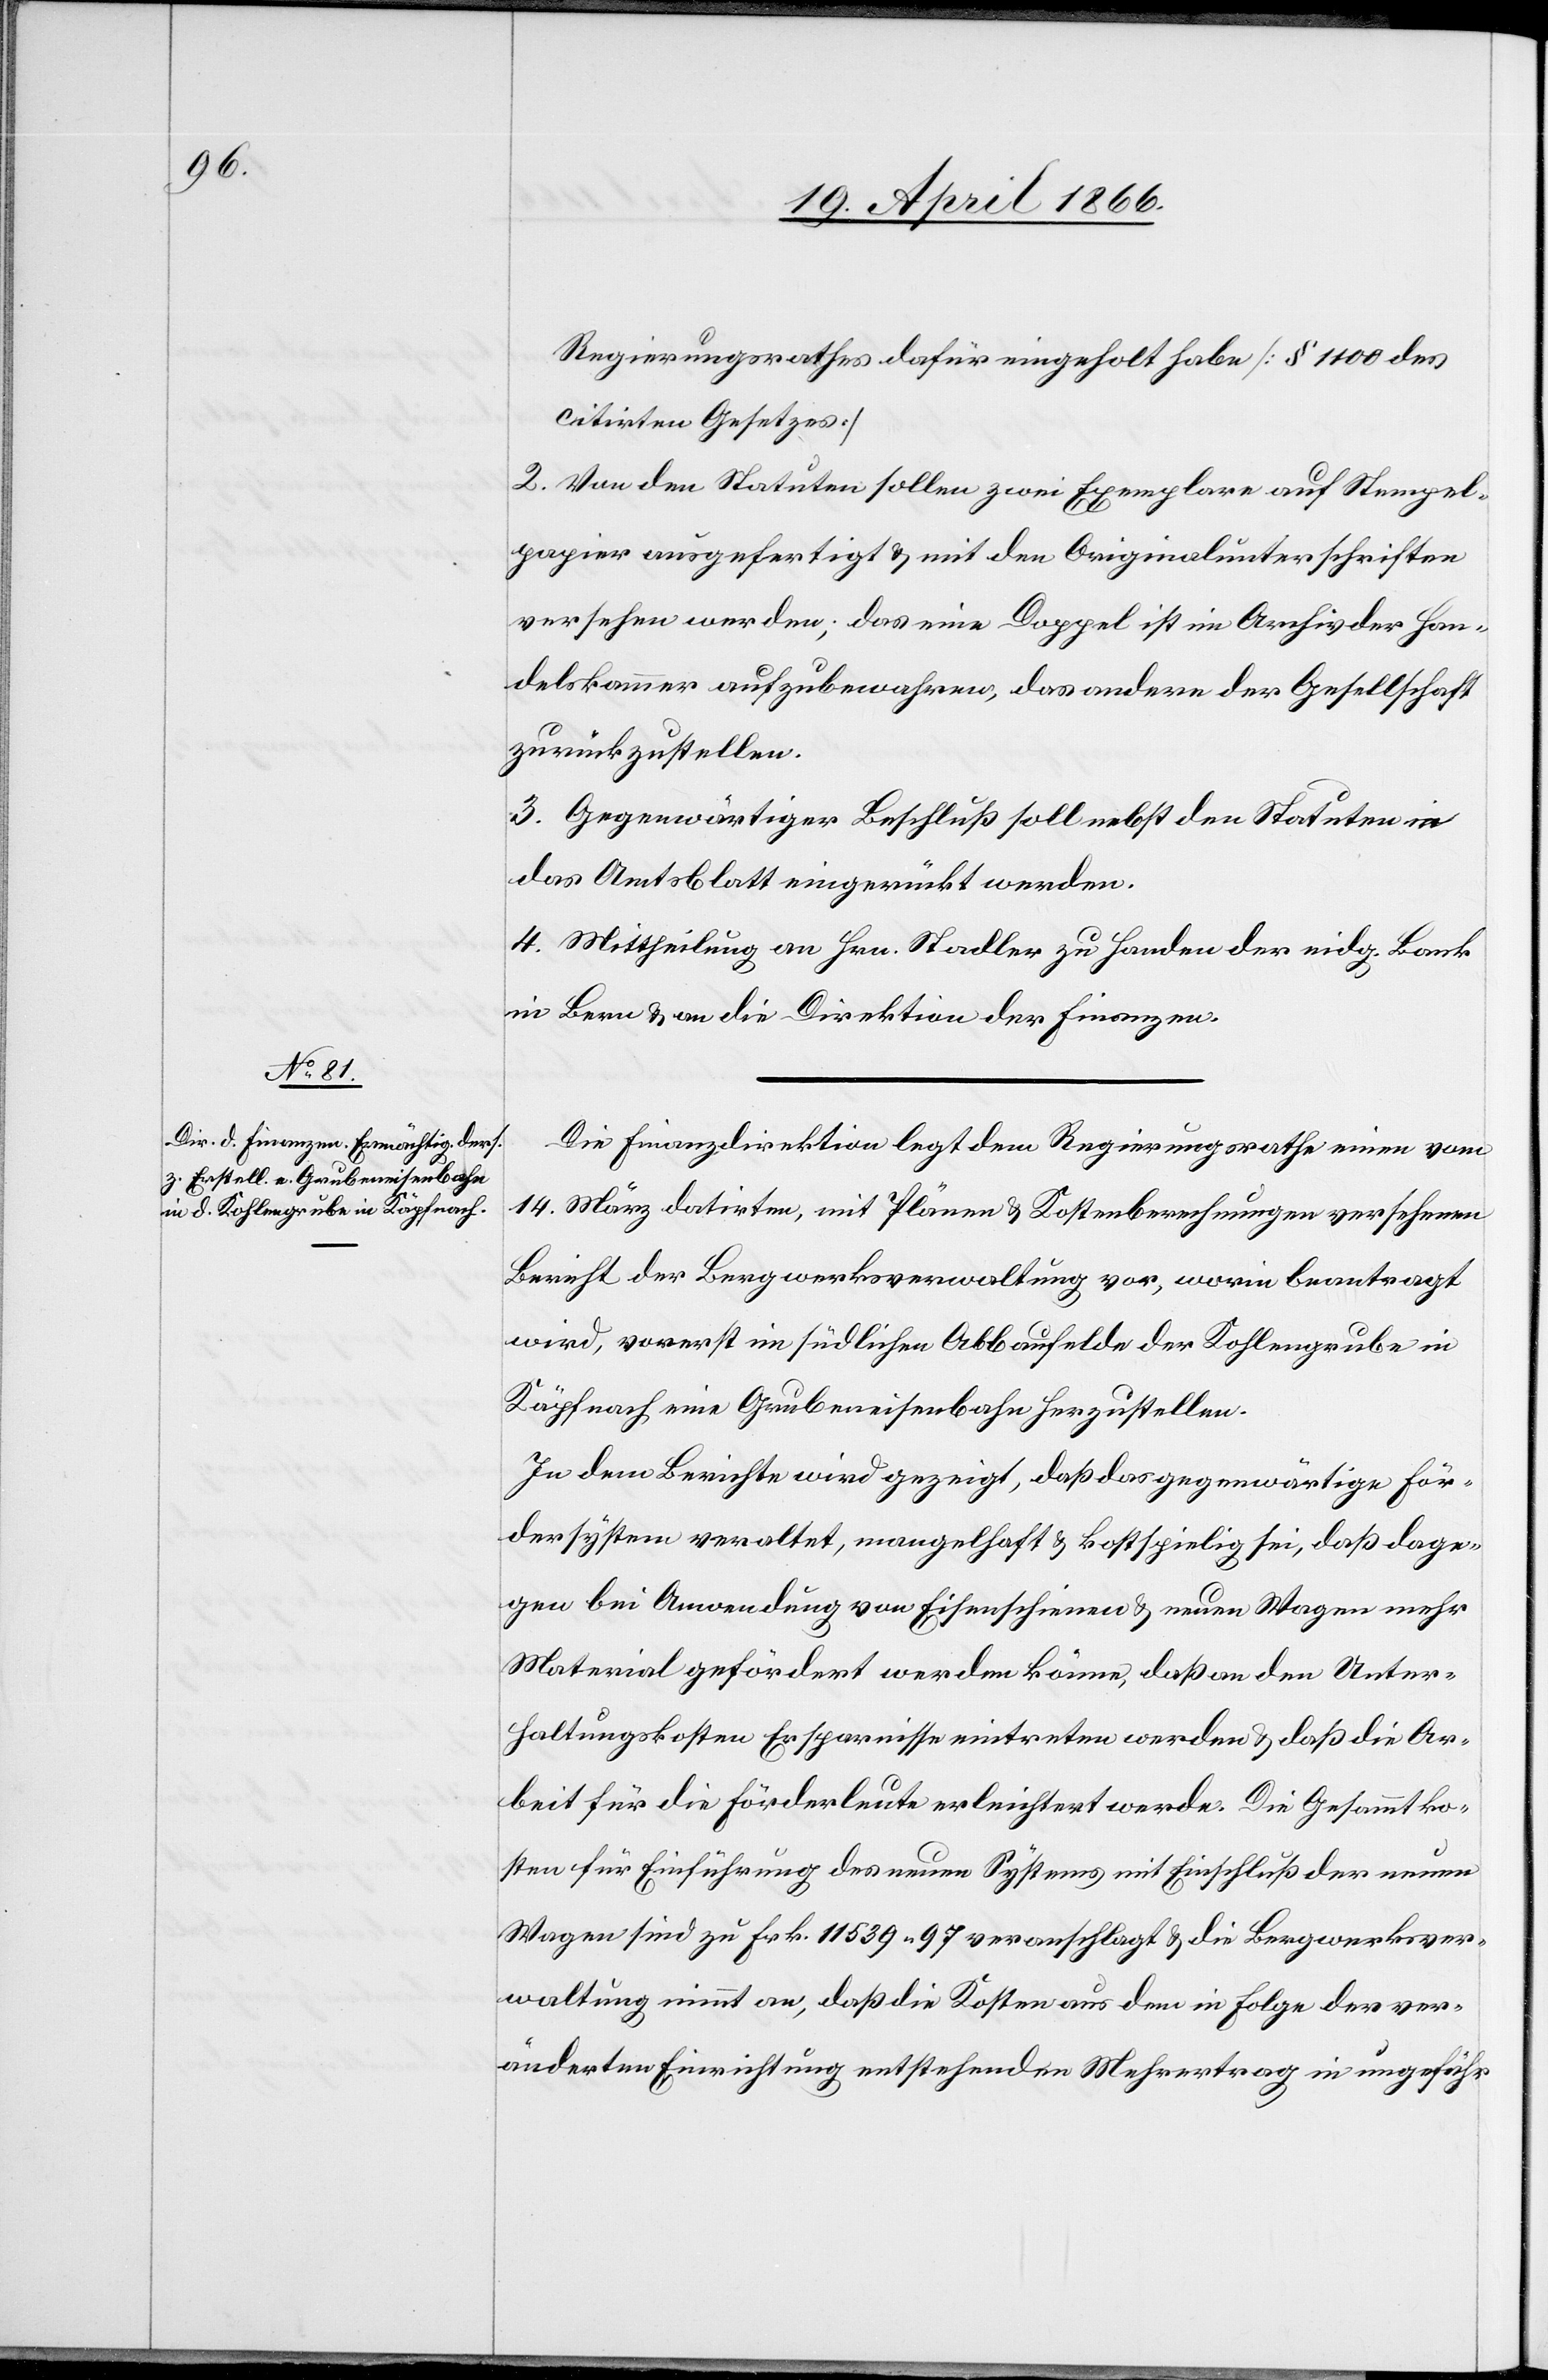
Regierungsrathes dafür eingeholt habe [§ 1100 des
citirten Gesetzes][.]
2. Von den Statuten sollen zwei Exemplare auf Stempel¬
papier ausgefertigt u. mit den Originalunterschriften
versehen werden; das eine Doppel ist im Archiv der Han¬
delskammer aufzubewahren, das andere der Gesellschaft
zurückzustellen.
3. Gegenwärtiger Beschluß soll nebst den Statuten in
das Amtsblatt eingerückt werden.
4. Mittheilung an Hrn. Stadler zu Handen der eidg. Bank
in Bern u. an die Direktion der Finanzen.
Die Finanzdirektion legt dem Regierungsrathe einen vom
14. März datirten, mit Plänen u. Kostenberechnungen versehenen
Bericht der Bergwerksverwaltung vor, worin beantragt
wird, vorerst im südlichen Abbaufelde der Kohlengrube in
Käpfnach eine Grubeneisenbahn herzustellen.
In dem Berichte wird gezeigt, daß das gegenwärtige För¬
dersystem veraltet, mangelhaft u. kostspielig sei, daß dage¬
gen bei Anwendung von Eisenbahnen u. neuen Wagen mehr
Material gefördert werden könne, daß an den Unter¬
haltungskosten Ersparnisse eintreten werden u. daß die Ar¬
beit für die Förderleute erleichtert werde. Die Gesammtko¬
sten für Einführung des neuen Systems mit Einschluß der neuen
Wagen sind zu Frk. 11 5439.97 veranschlagt u. die Bergwerkver¬
waltung nimmt an, daß die Kosten aus dem in Folge der ver¬
änderten Einrichtung entstehenden Mehrertrag in ungefähr